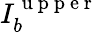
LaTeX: I_{b}^{\mathrm{~u~p~p~e~r~}}